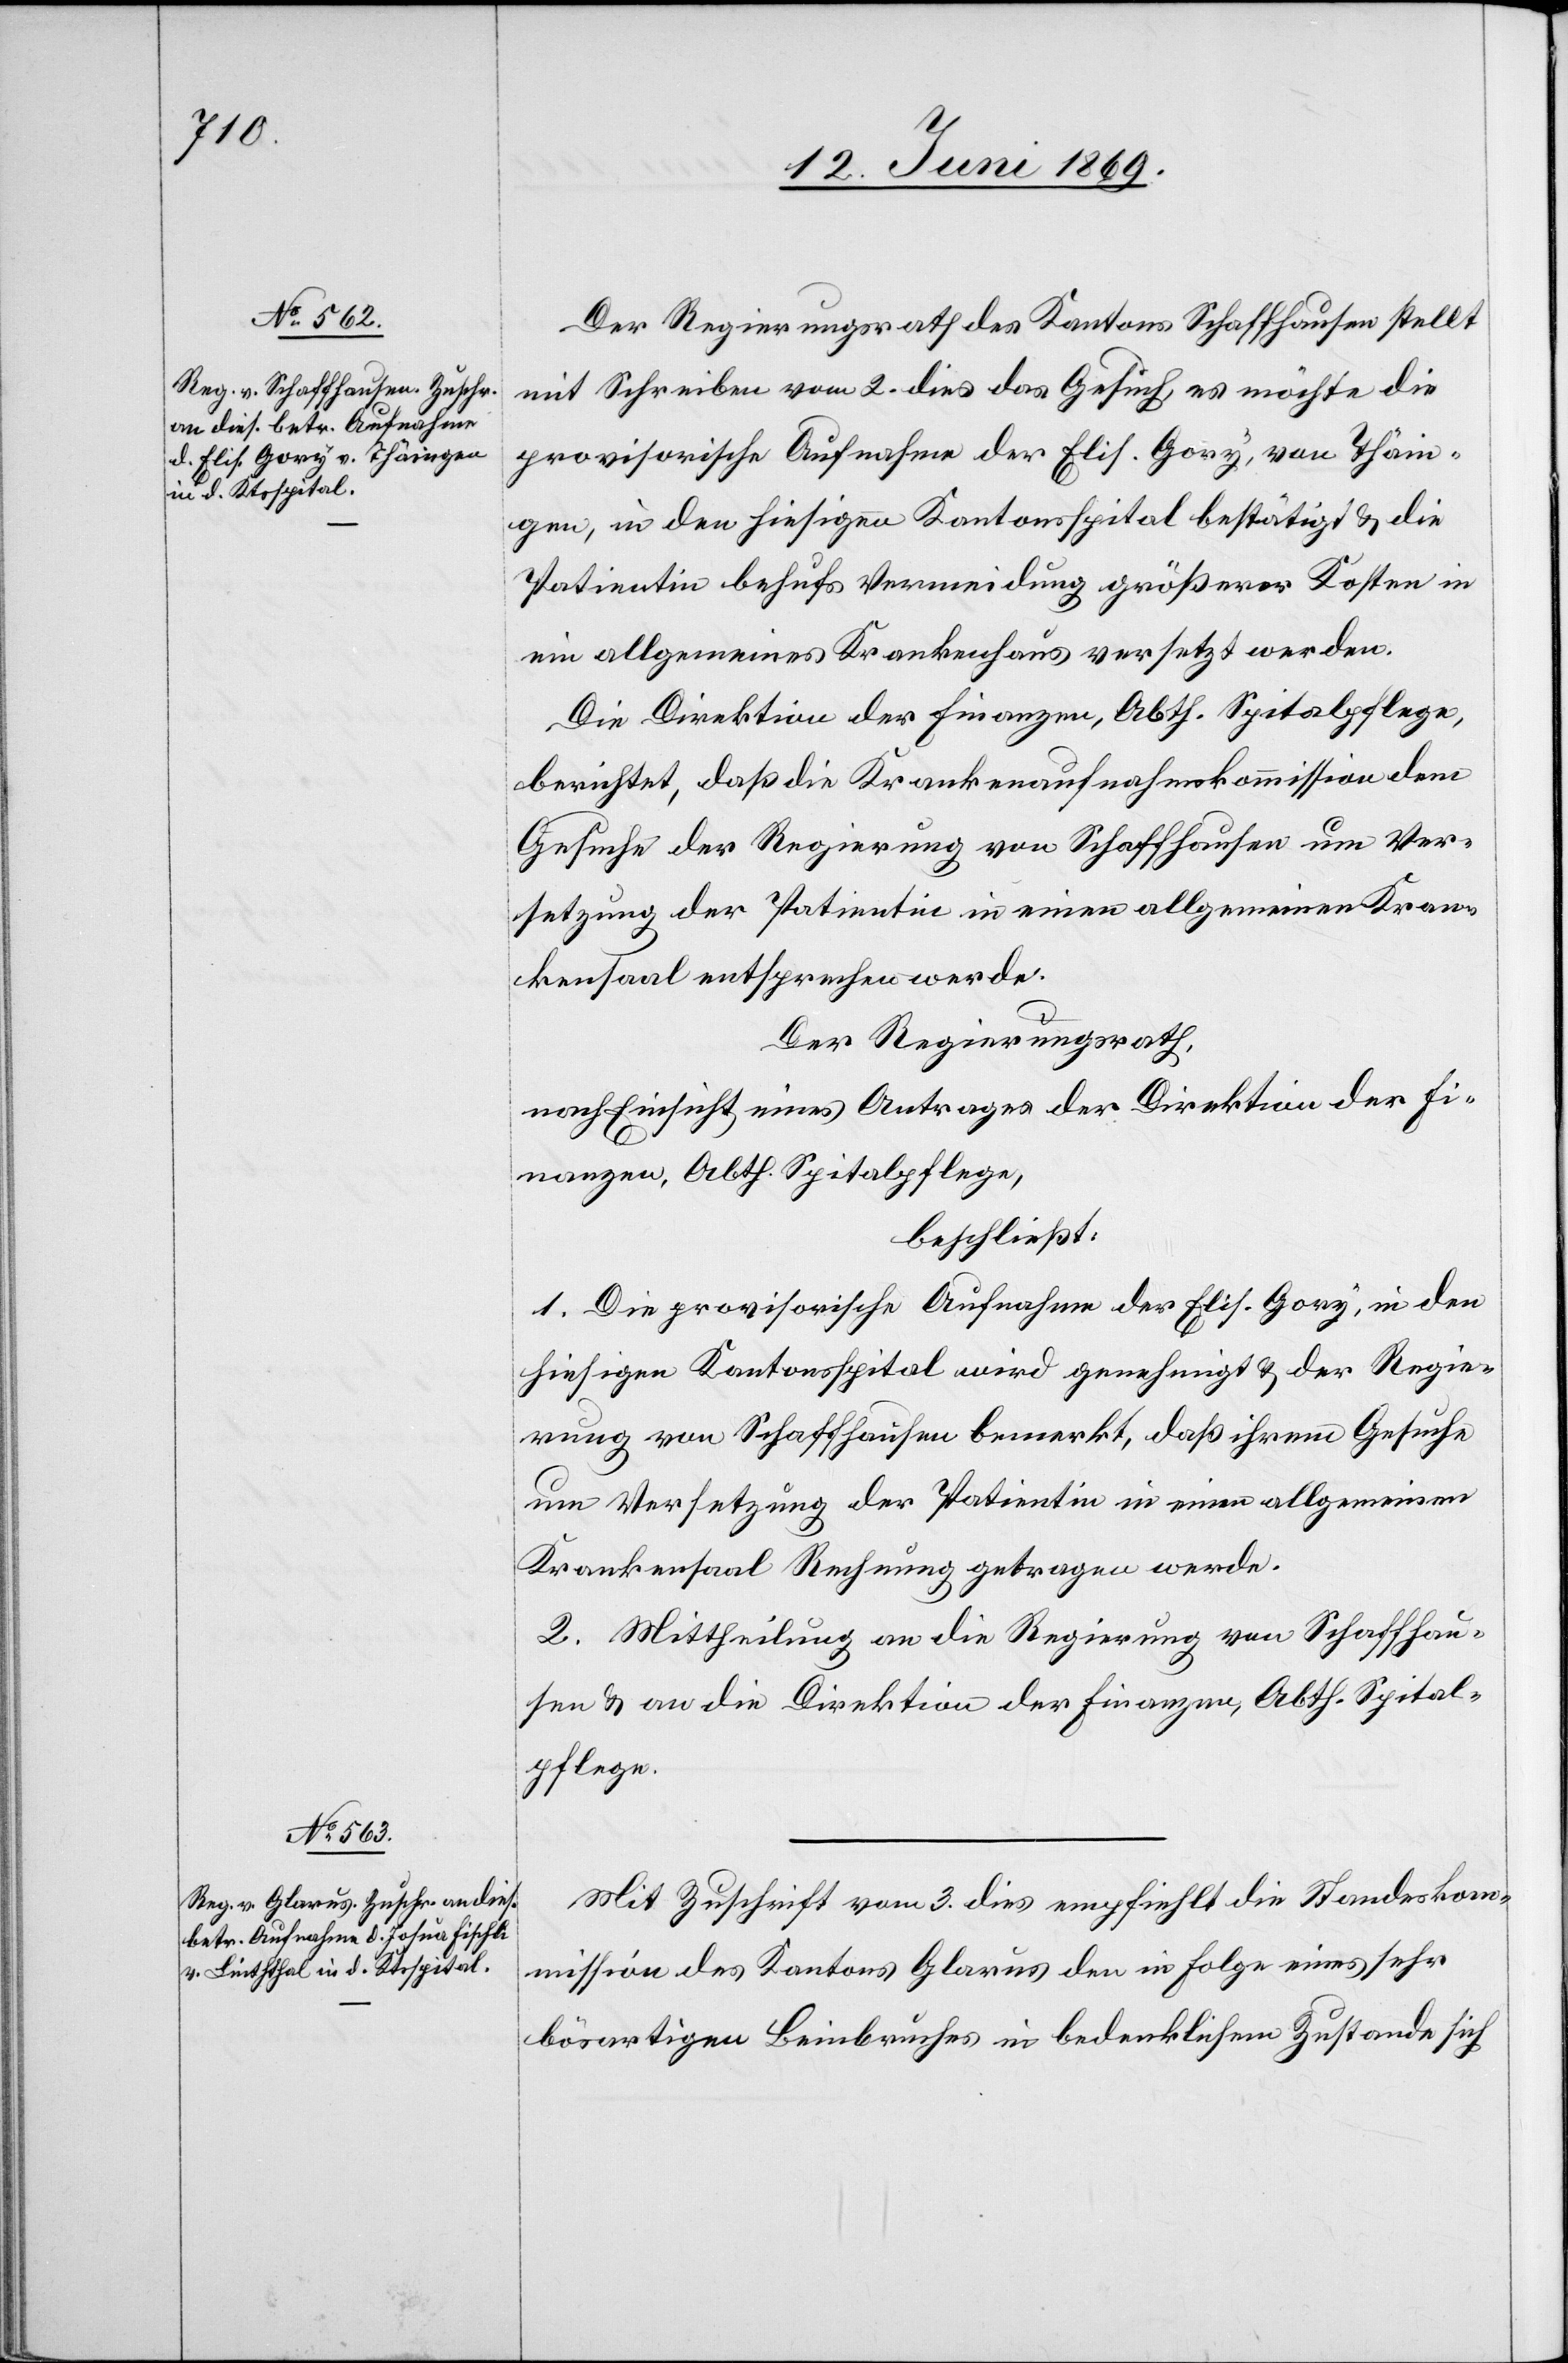
Spital¬

12. Juni 1869.]
Der Regierungsrath des Kantons Schaffhausen stellt
mit Schreiben vom 2. dies das Gesuch es möchte die
provisorische Aufnahme der Elis. Gory, von Thäin¬
gen, in den hiesigen Kantonsspital bestätigt u. die
Patientin behufs Vermeidung größerer Kosten in
ein allgemeines Krankenhaus versetzt werden.
Die Direktion der Finanzen, Abth. Spitalpflege,
berichtet, daß die Krankenaufnahmskommission dem
Gesuche der Regierung von Schaffhausen um Ver¬
setzung der Patientin in einen allgemeinen Kran¬
kensaal entsprechen werde.
Der Regierungsrath,
nach Einsicht eines Antrages der Direktion der Fi¬
beschließt:
1. Die provisorische Aufnahme des Elis. Gory, in den
hiesigen Kantonsspital wird genehmigt u. der Regie¬
rung von Schaffhausen bemerkt, daß ihrem Gesuche
um Versetzung der Patientin in einen allgemeinen
Krankensaal Rechnung getragen werde.
2. Mittheilung an die Regierung von Schaffhau¬
sen u. an die Direktion der Finanzen, Abth. Spital¬
pflege.
Mit Zuschrift vom 3. dies empfiehlt die Standeskom¬
mission des Kantons Glarus den in Folge eines sehr
bösartigen Beinbruches in bedenklichem Zustande sich